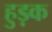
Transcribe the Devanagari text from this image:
हुड़क